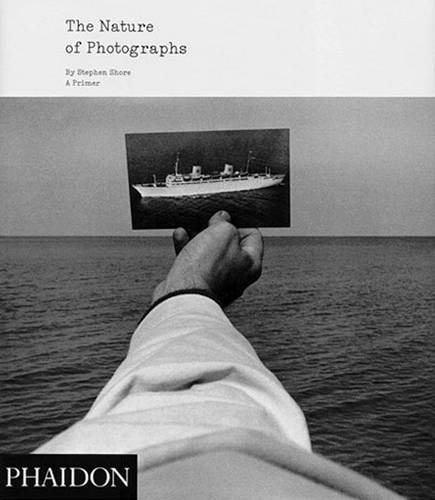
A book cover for The Nature of Photographs: A Primer; Stephen Shore; Arts & Photography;